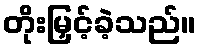
တိုးမြှင့်ခဲ့သည်။